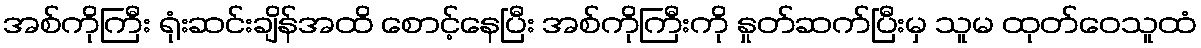
အစ်ကိုကြီး ရုံးဆင်းချိန်အထိ စောင့်နေပြီး အစ်ကိုကြီးကို နှုတ်ဆက်ပြီးမှ သူမ ထုတ်ဝေသူထံ